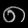
Digit: ၈